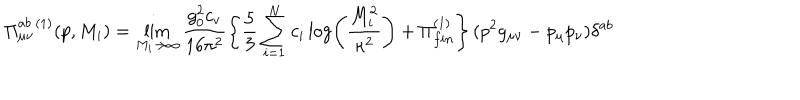
\Pi _ { \mu \nu } ^ { a b \ ( 1 ) } ( p , M _ { i } ) = \lim _ { M _ { i } \rightarrow \infty } \frac { g _ { 0 } ^ { 2 } c _ { v } } { 1 6 \pi ^ { 2 } } \left\{ \frac { 5 } { 3 } \sum _ { i = 1 } ^ { N } c _ { i } \log \left( \frac { M _ { i } ^ { 2 } } { \kappa ^ { 2 } } \right) + \Pi _ { f i n } ^ { ( 1 ) } \right\} ( p ^ { 2 } g _ { \mu \nu } - p _ { \mu } p _ { \nu } ) \delta ^ { a b }